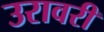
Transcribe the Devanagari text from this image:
उरावरी